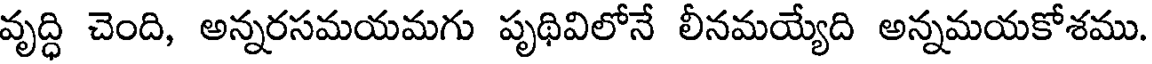
వృద్ధి చెంది, అన్నరసమయమగు పృథివిలోనే లీనమయ్యేది అన్నమయకోశము.